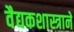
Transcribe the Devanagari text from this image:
वैद्यकशास्त्राने